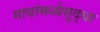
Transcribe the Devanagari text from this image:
गावांमध्येसुद्धा